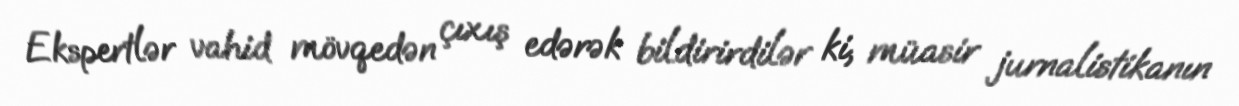
Ekspertlər vahid mövqedən çıxış edərək bildirirdilər ki, müasir jurnalistikanın